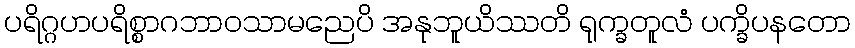
ပရိဂ္ဂဟပရိစ္စာဂဘာဝသာမညေပိ အနုဘူယိဿတိ ရုက္ခတူလံ ပက္ခိပနတော